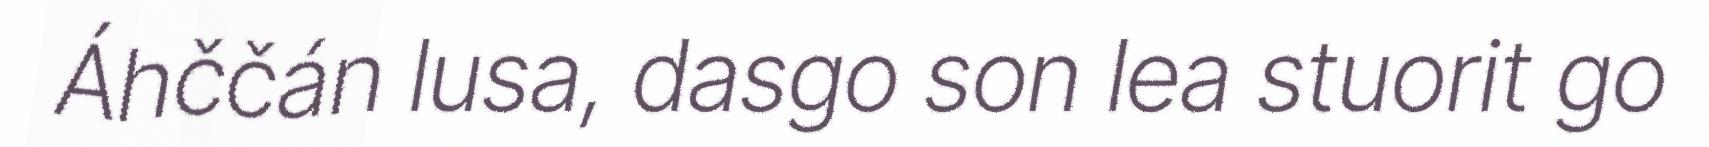
Áhččán lusa, dasgo son lea stuorit go